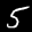
Label: 5